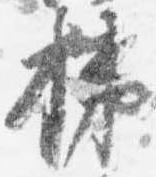
払